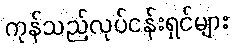
ကုန်သည်လုပ်ငန်းရှင်များ